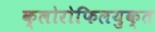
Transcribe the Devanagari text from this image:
क्लोरोफिलयुक्त